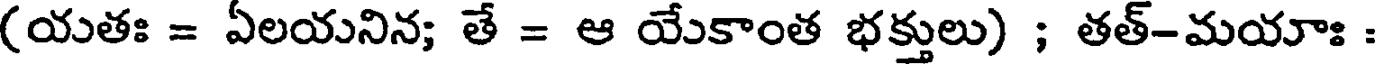
(యతః = ఏలయనిన; తే = ఆ యేకాంత భక్తులు) ; తత్-మయాః :